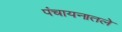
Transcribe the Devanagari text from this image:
पंचायनातले